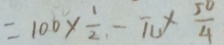
= 1 0 0 \times \frac { 1 } { 2 } . - \pi \times \frac { 5 0 } { 4 }